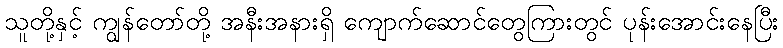
သူတို့နှင့် ကျွန်တော်တို့ အနီးအနားရှိ ကျောက်ဆောင်တွေကြားတွင် ပုန်းအောင်းနေပြီး